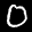
Label: 0